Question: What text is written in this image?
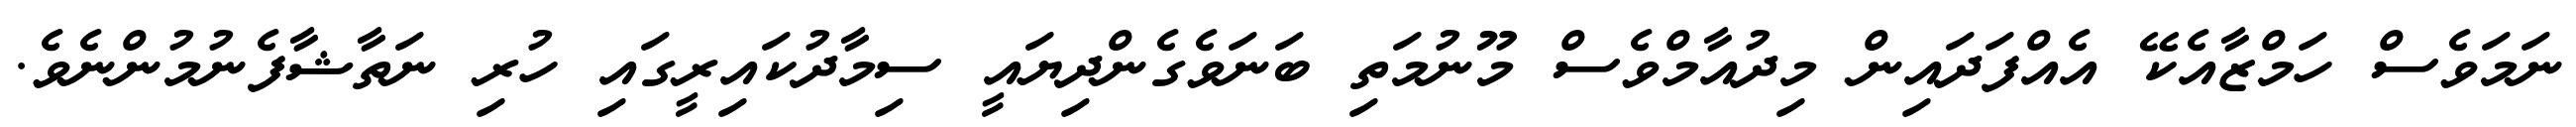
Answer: ނަމަވެސް ހަމްޒާއެކޭ އެއްފަދައިން މިދުއާމްވެސް މޫނުމަތި ބަނަވެގެންދިޔައީ ސިމާދުކައިރީގައި ހުރި ނަތާޝާފެނުމުންނެވެ.